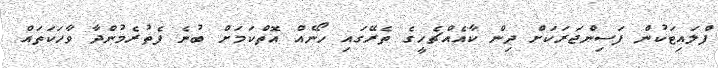
ފްލައިޓަކުން ފަސިންޖަރަކަށް ދިން ކާއެއްޗެހީގެ ތެރޭގައި ހޯނެއް އޮތްކަމަށް ބުނެ ފެތުރެމުންދާ ވާހަކަތައް